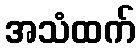
အသံထက်